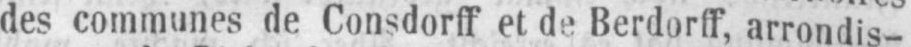
des communes de Consdorff et de Berdorff, arrondis-